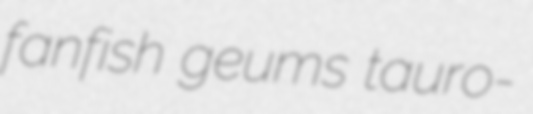
fanfish geums tauro-